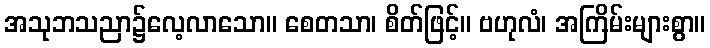
အသုဘသညာ၌လေ့လာသော။ စေတသာ၊ စိတ်ဖြင့်။ ဗဟုလံ၊ အကြိမ်းများစွာ။